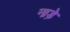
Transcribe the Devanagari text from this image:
नाड़े